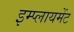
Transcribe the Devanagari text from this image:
इम्प्लायमेंट